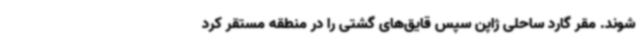
شوند. مقر گارد ساحلی ژاپن سپس قایق‌های گشتی را در منطقه مستقر کرد